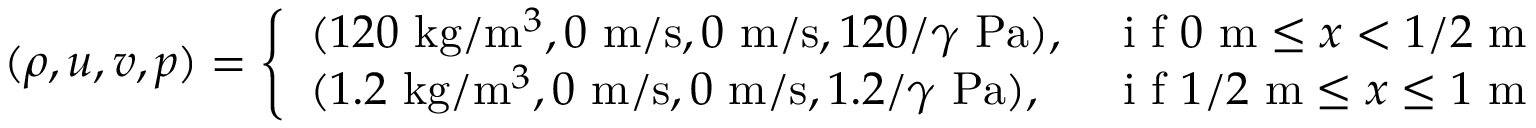
( \rho , u , v , p ) = \left\{ \begin{array} { l l } { ( 1 2 0 \mathrm { ~ k g } / \mathrm { m } ^ { 3 } , 0 \mathrm { ~ m } / \mathrm { s } , 0 \mathrm { ~ m } / \mathrm { s } , 1 2 0 / \gamma \mathrm { ~ P a } ) , } & { \mathrm { ~ i ~ f ~ } 0 \mathrm { ~ m } \leq x < 1 / 2 \mathrm { ~ m } } \\ { ( 1 . 2 \mathrm { ~ k g } / \mathrm { m } ^ { 3 } , 0 \mathrm { ~ m } / \mathrm { s } , 0 \mathrm { ~ m } / \mathrm { s } , 1 . 2 / \gamma \mathrm { ~ P a } ) , } & { \mathrm { ~ i ~ f ~ } 1 / 2 \mathrm { ~ m } \leq x \leq 1 \mathrm { ~ m } } \end{array} \right.